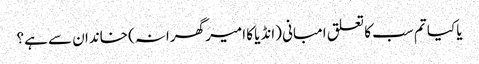
یا کیا تم سب کا تعلق امبانی (انڈیا کا امیر گھرانہ) خاندان سے ہے؟